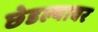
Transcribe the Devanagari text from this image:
छेडल्यावर